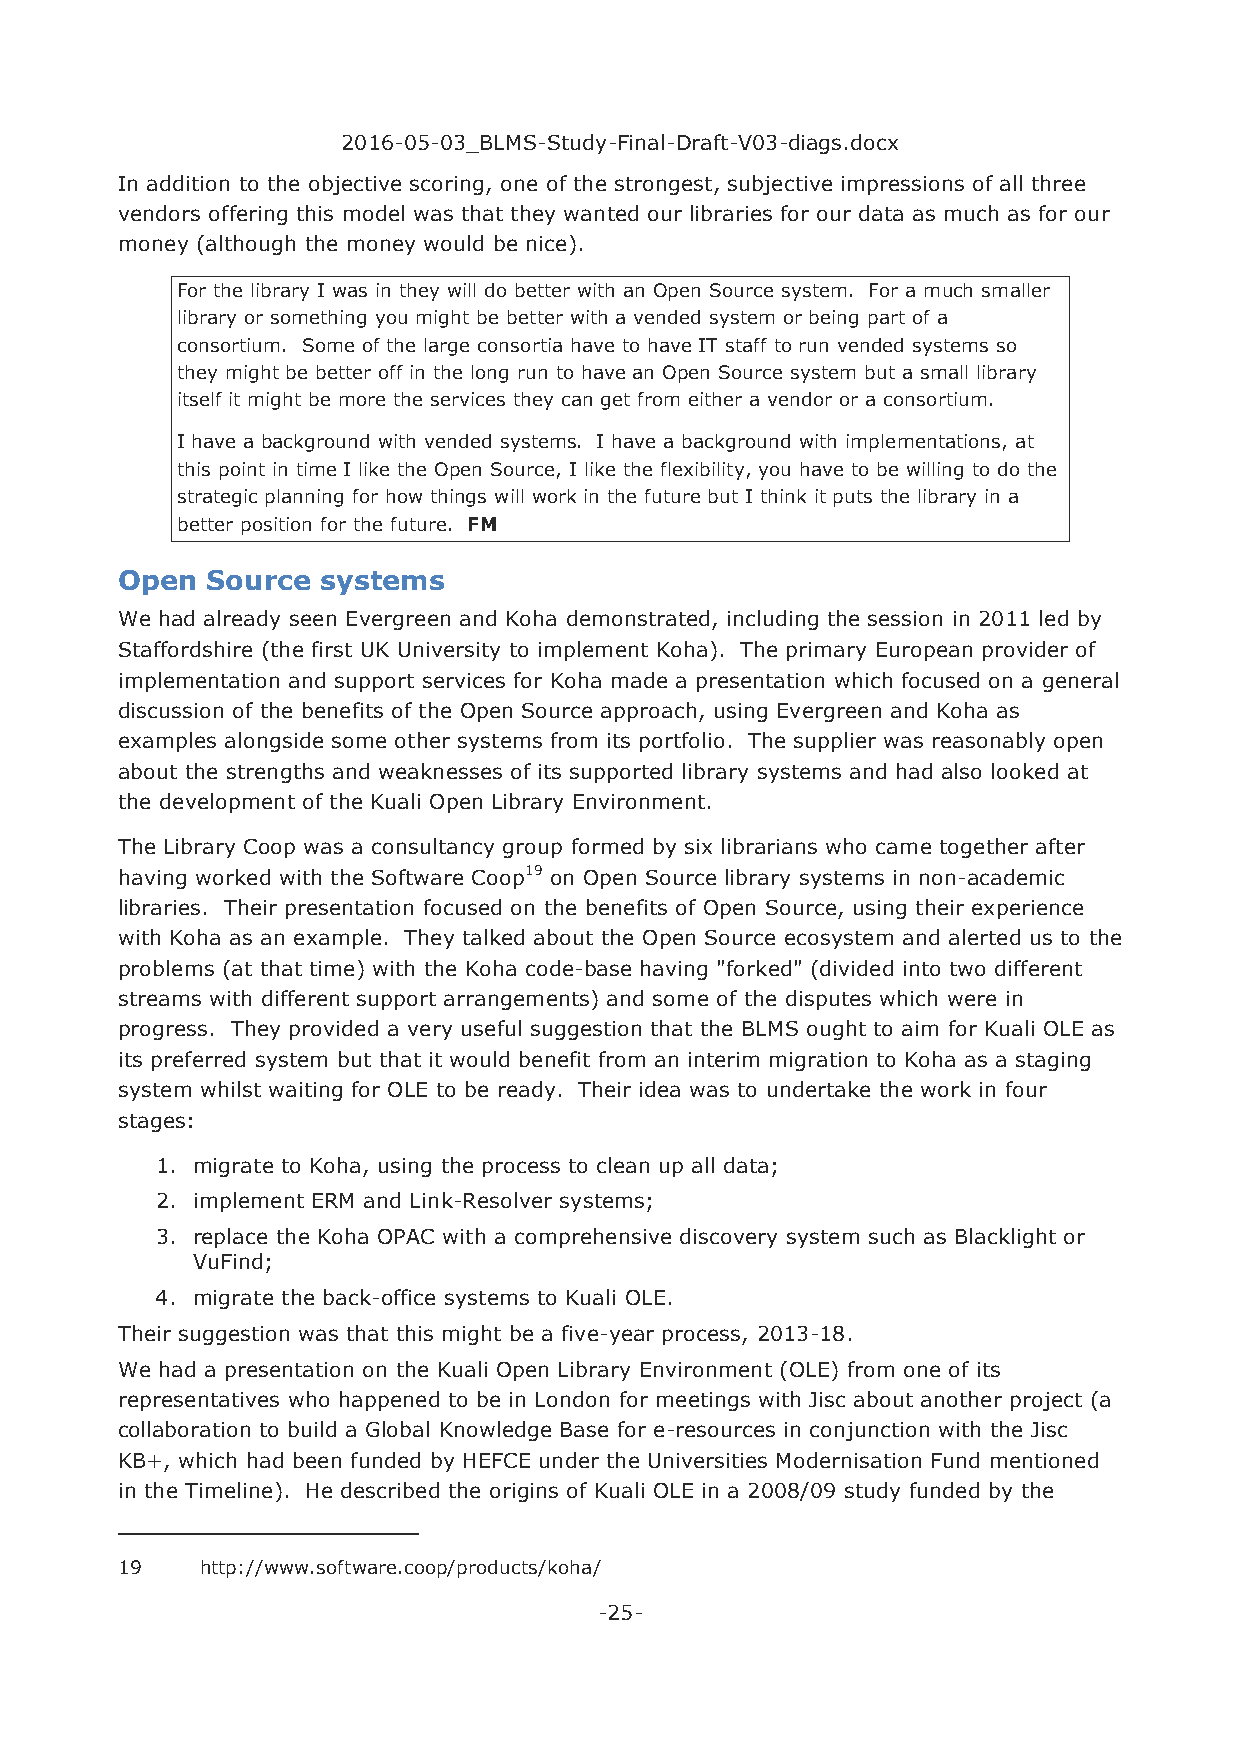
2016-05-03_BLMS-Study-Final-Draft-V03-diags.docx
 In addition to the objective scoring, one of the strongest, subjective impressions of all three
 vendors offering this model was that they wanted our libraries for our data as much as for our
 money (although the money would be nice).
 For the library I was in they will do better with an Open Source system. For a much smaller
 library or something you might be better with a vended system or being part of a
 consortium. Some of the large consortia have to have IT staff to run vended systems so
 they might be better off in the long run to have an Open Source system but a small library
 itself it might be more the services they can get from either a vendor or a consortium.
 I have a background with vended systems. I have a background with implementations, at
 this point in time I like the Open Source, I like the flexibility, you have to be willing to do the
 strategic planning for how things will work in the future but I think it puts the library in a
 better position for the future. FM
 Open  Source systems
 We had already seen Evergreen and Koha demonstrated, including the session in 2011 led by
 Staffordshire (the first UK University to implement Koha). The primary European provider of
 implementation and support services for Koha made a presentation which focused on a general
 discussion of the benefits of the Open Source approach, using Evergreen and Koha as
 examples alongside some other systems from its portfolio. The supplier was reasonably open
 about the strengths and weaknesses of its supported library systems and had also looked at
 the development of the Kuali Open Library Environment.
 The Library Coop was a consultancy group formed by six librarians who came together after
 having worked with the Software Coop19 on Open Source library systems in non-academic
 libraries. Their presentation focused on the benefits of Open Source, using their experience
 with Koha as an example. They talked about the Open Source ecosystem and alerted us to the
 problems (at that time) with the Koha code-base having "forked" (divided into two different
 streams with different support arrangements) and some of the disputes which were in
 progress. They provided a very useful suggestion that the BLMS ought to aim for Kuali OLE as
 its preferred system but that it would benefit from an interim migration to Koha as a staging
 system whilst waiting for OLE to be ready. Their idea was to undertake the work in four
 stages:
 1. migrate to Koha, using the process to clean up all data;
 2. implement ERM and Link-Resolver systems;
 3. replace the Koha OPAC with a comprehensive discovery system such as Blacklight or
 VuFind;
 4. migrate the back-office systems to Kuali OLE.
 Their suggestion was that this might be a five-year process, 2013-18.
 We had a presentation on the Kuali Open Library Environment (OLE) from one of its
 representatives who happened to be in London for meetings with Jisc about another project (a
 collaboration to build a Global Knowledge Base for e-resources in conjunction with the Jisc
 KB+, which had been funded by HEFCE under the Universities Modernisation Fund mentioned
 in the Timeline). He described the origins of Kuali OLE in a 2008/09 study funded by the
 19   http://www.software.coop/products/koha/
 -25-